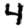
Digit: 4